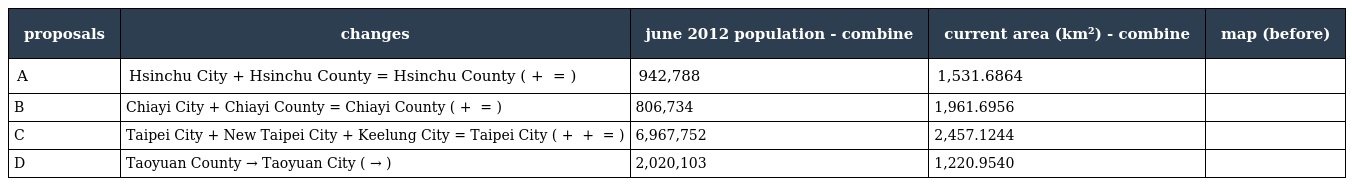
| proposals | changes | june 2012 population - combine | current area (km²) - combine | map (before) |
 | --- | --- | --- | --- | --- |
 | A | Hsinchu City + Hsinchu County = Hsinchu County (新竹市 + 新竹縣 = 新竹縣) | 942,788 | 1,531.6864 |  |
 | B | Chiayi City + Chiayi County = Chiayi County (嘉義市 + 嘉義縣 = 嘉義縣) | 806,734 | 1,961.6956 |  |
 | C | Taipei City + New Taipei City + Keelung City = Taipei City (臺北市 + 新北市 + 基隆市 = 臺北市) | 6,967,752 | 2,457.1244 |  |
 | D | Taoyuan County → Taoyuan City (桃園縣 → 桃園市) | 2,020,103 | 1,220.9540 |  |